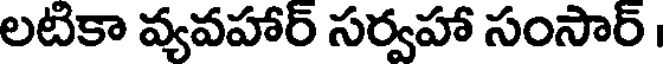
లటికా వ్యవహార్ సర్వహా సంసార్